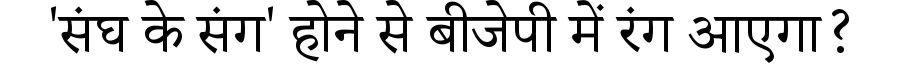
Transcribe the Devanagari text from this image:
'संघ के संग' होने से बीजेपी में रंग आएगा?